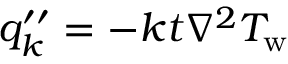
q _ { k } ^ { \prime \prime } = - k t \nabla ^ { 2 } T _ { \mathrm { w } }